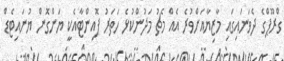
ގްރޫޕްގެ ދެވަނައިގައި މާޒިޔާއަށްވުރެ އެއް މެޗު މަދުންކުޅެ ހަތަރު ޕޮއިންޓާއެކީ ޔަންގޮން ޔުނައިޓެޑް